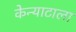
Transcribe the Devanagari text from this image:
केन्याटाला